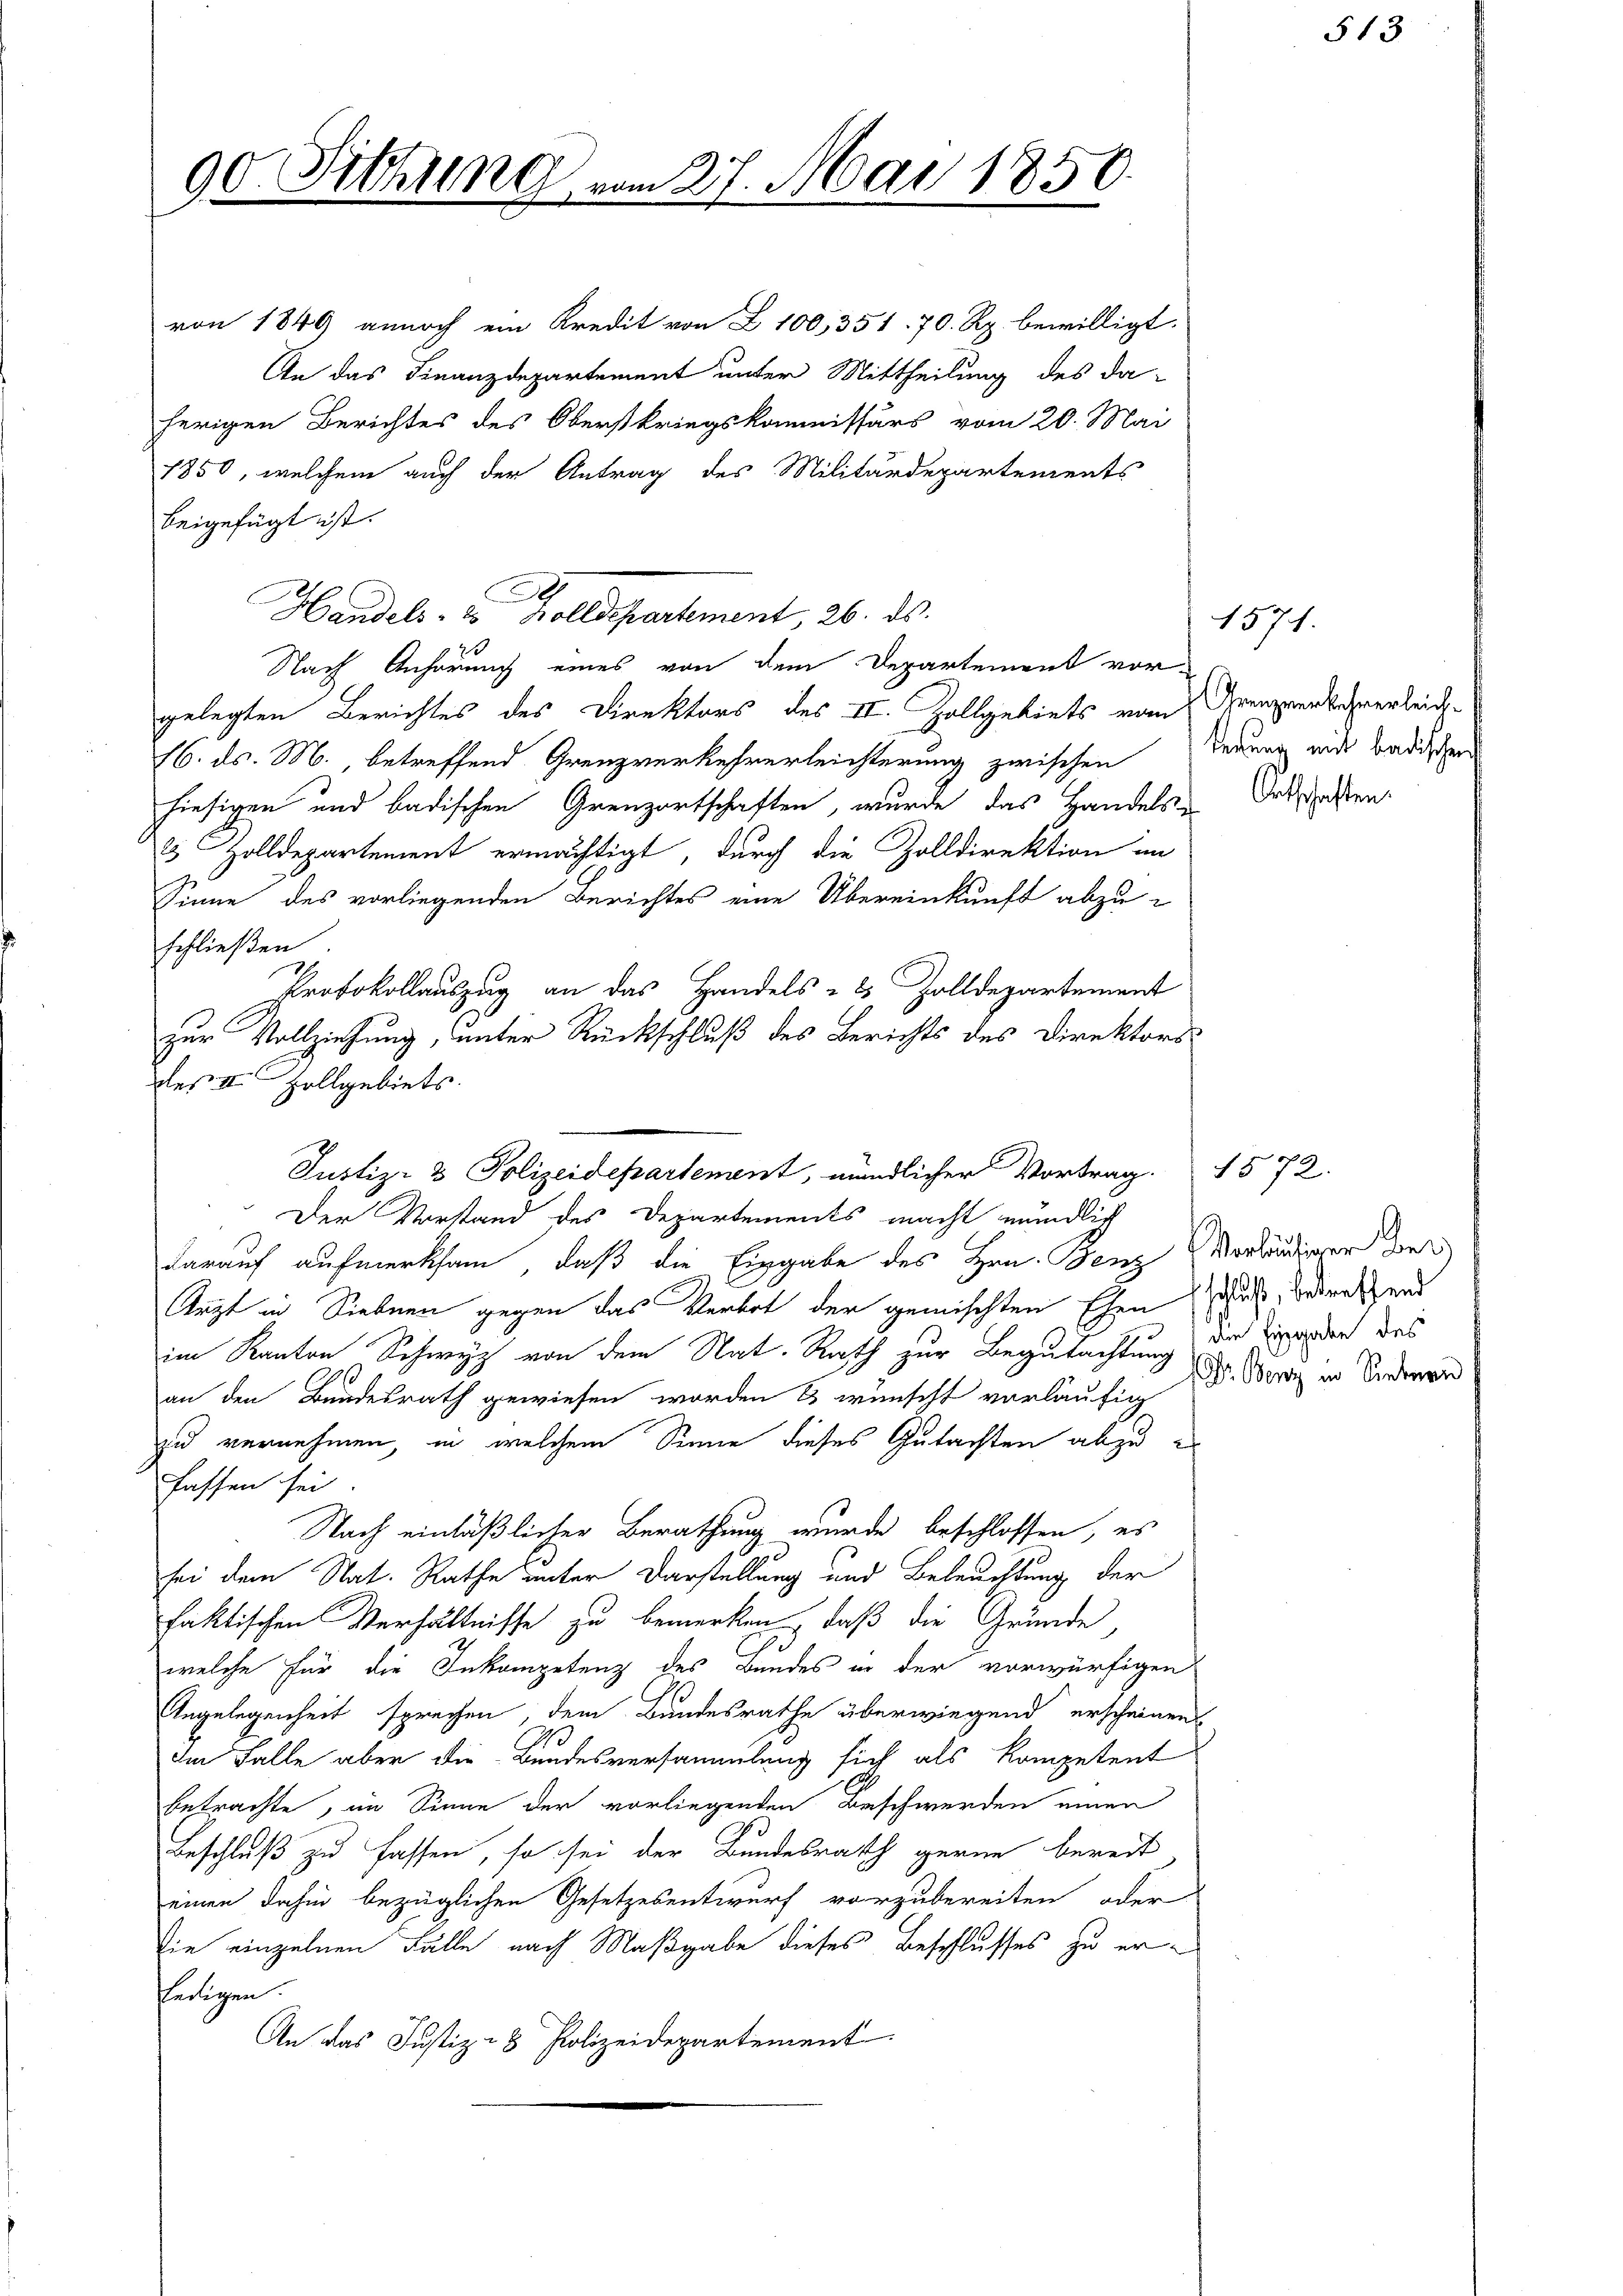
90. Sitzung

von 1849 annoch ein Kredit von Z. 100, 351. 70. Rp. bewilligt.
herigen Berichtes des Oberstkriegskommissärs vom 20. Mai
1850, welchem auch der Antrag des Militärdepartements
beigefügt ist.
Handels- u. Zolldepartement, 26. ds.
Nach Anhörung eines von dem Departement vor-
gelegten Berichtes des Direktors des II. Zollgebiets von Grenzverkehrerleid
16. ds. M. betreffend Grenzverkehrerleichterung zwischen
hiesigen und badischen Grenzortschaften, wurde das Handels-
2 Zolldepartement ermächtigt, durch die Zolldirektion im
Sinne des vorliegenden Berichtes eine Übereinkunft abzu-
schließen
Protokollauszug an das Handels- & Zolldepartement
zur Vollziehung, unter Rückschluß des Berichts des Direktors
des III Vollgebiets.
darauf aufmerksam, daß die Eingabe des Hrn. Benz verländigen der
Arzt in Siebnen gegen das Verbot der gemischten Ehen u betreffend
im Kanton Schwyz von dem Nat. Rath zur Begutachtung der werden des
.
an den Bundesrath gewiesen worden & wünscht vorläufig
zu vernehmen, in welchem Sinne dieses Gutachten abzue
fassen sei.
Nach einläßlicher Berathung wurde beschlossen, es
sei dem Nat. Rathe unter Darstellung und Beleuchtung der
faktischen Verhältnisse zu bemerken, daß die Gründe,
welche für die Inkompetenz des Bundes in der vorwürfigen
Angelegenheit sprechen, dem Bundesrathe überwiegend erscheinen
Im Falle aber die Bundesversammlung sich als kompetent
betrachte, im Sinne der vorliegenden Beschwerden einen
Beschluß zu fassen, so sei der Bundesrath gerne bereit
einen dahin bezüglichen Gesetzesentwurf vorzubereiten oder
sie einzelnen Fälle nach Maßgabe dieses Beschlusses zu erledigen.
An das Justiz- & Polizeidepartement

27. Mai 1850.

An das Finanzdepartement unter Mittheilung des da-

Justiz- & Polizeidepartement, mündlicher Vortrag. 1572.
Der Vorstand des Departements macht mündlich

terung mit Badischen
Ortschaften.

1571.

513

Dr. Benz in Siebern